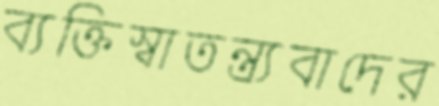
ব্যক্তিস্বাতন্ত্র্যবাদের